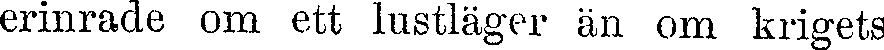
erinrade om ett lustläger än om krigets